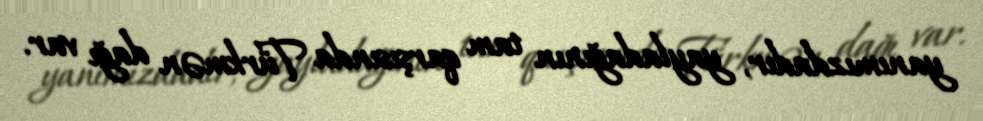
yanımızdadır, yayladağının tam qarşısında Türkmən dağı var.